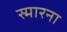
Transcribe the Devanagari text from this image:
स्मारना